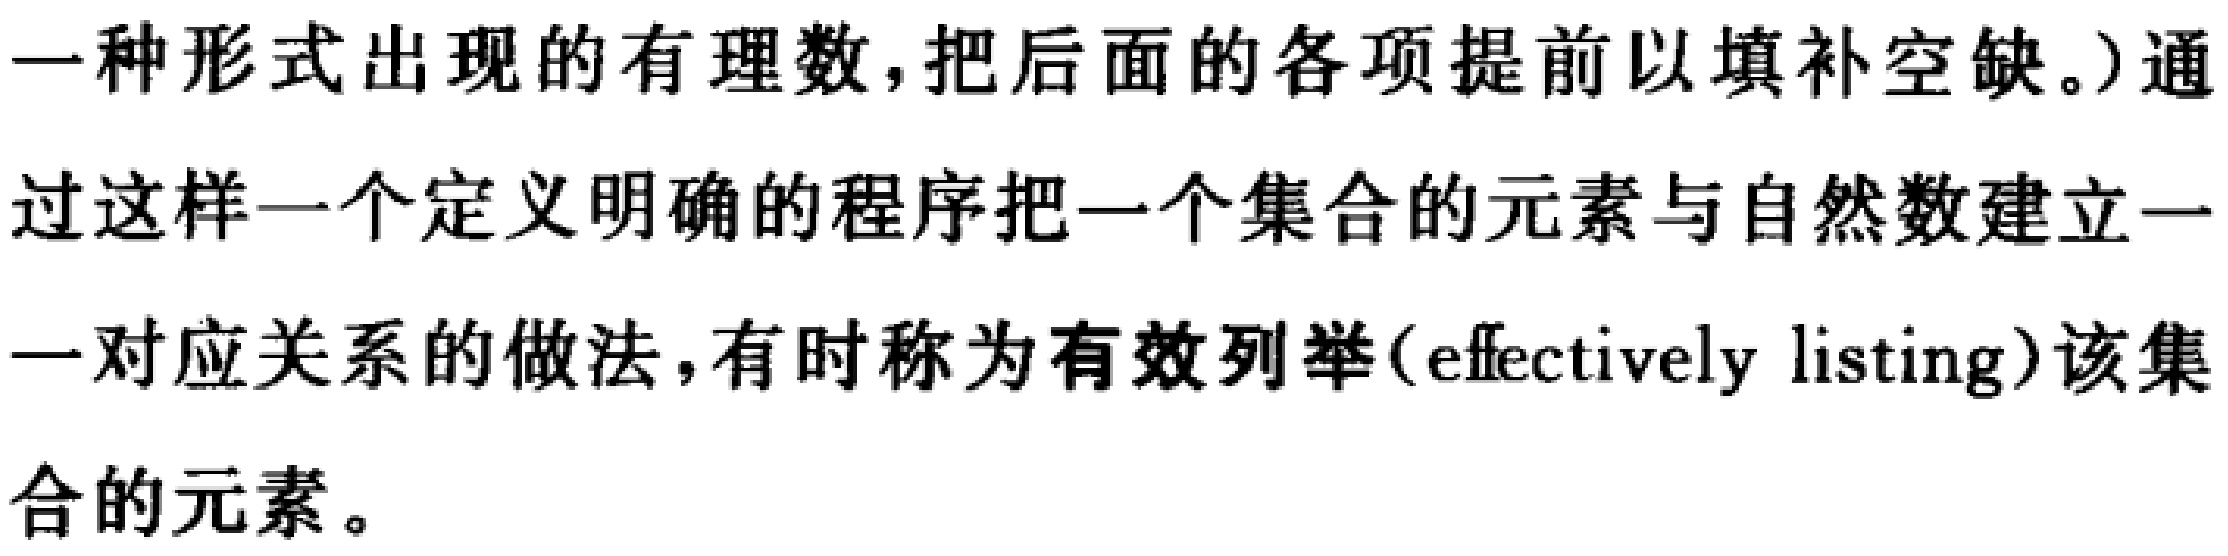
一种形式出现的有理数,把后面的各项提前以填补空缺。)通过这样一个定义明确的程序把一个集合的元素与自然数建立一一对应关系的做法,有时称为有效列举(effectively listing)该集合的元素。